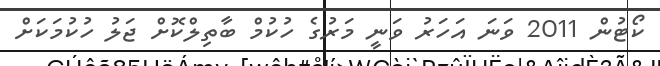
ކޯޓުން 2011 ވަނަ އަހަރު ވަނީ މަރުގެ ހުކުމް ބާތިލްކޮށް ޖަލު ހުކުމަކަށް